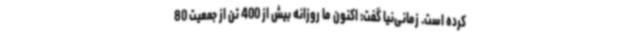
کرده است. زمانی‌نیا گفت: اکنون ما روزانه بیش از 400 تن از جمعیت 80